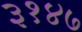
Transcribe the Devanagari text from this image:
३१४७